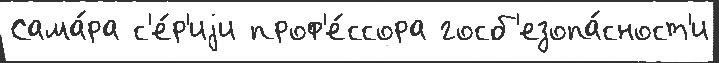
Сама́ра с'е́р'иjи проф'е́ссора госб'езопа́сност'и